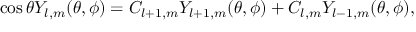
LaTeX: \cos { \theta } Y _ { l , m } ( \theta , \phi ) = C _ { l + 1 , m } Y _ { l + 1 , m } ( \theta , \phi ) + C _ { l , m } Y _ { l - 1 , m } ( \theta , \phi ) ,